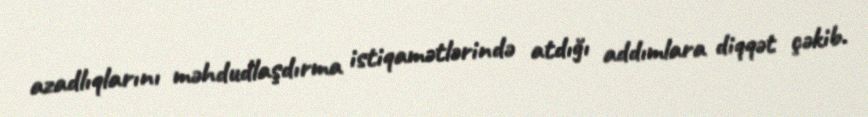
azadlıqlarını məhdudlaşdırma istiqamətlərində atdığı addımlara diqqət çəkib.